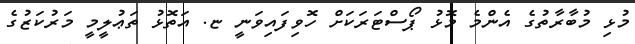
މުޅި މުބާރާތުގެ އެންމެ މޮޅު ޕޯސްޓަރަކަށް ހޮވިފައިވަނީ ޏ. އަތޮޅު ތަޢުލީމީ މަރުކަޒުގެ